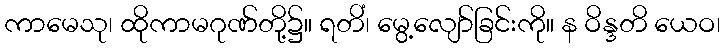
ကာမေသု၊ ထိုကာမဂုဏ်တို့၌။ ရတိံ၊ မွေ့လျော်ခြင်းကို။ န ဝိန္ဒတိ ယေဝ၊